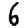
Digit: 6